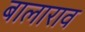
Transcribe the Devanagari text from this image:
बालाराव